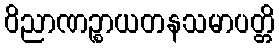
ဝိညာဏဉ္စာယတနသမာပတ္တိ